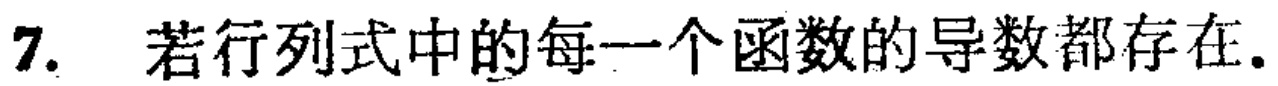
7. 若行列式中的每一个函数的导数都存在.